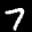
Label: 7